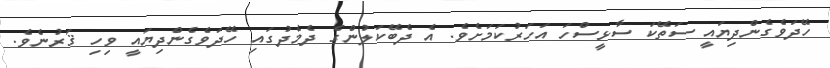
ހޭދަވެގެންދިޔައީ ސަތޭކަ ސާޅީސްހަ އަހަރުކަމަށެވެ. އެ ދެބޭކަލުންގެ ދެމެދުގައި ހޭދަވެގެންދިޔައީ ވިހި ޤަރުނެވެ.